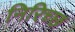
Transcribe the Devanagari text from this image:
निरिच्छ